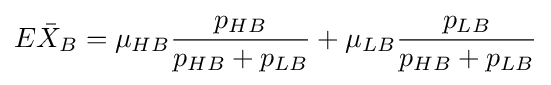
E{\bar {X}}_{B}=\mu _{HB}{\frac {p_{HB}}{p_{HB}+p_{LB}}}+\mu _{LB}{\frac {p_{LB}}{p_{HB}+p_{LB}}}